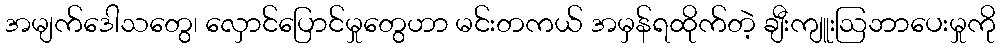
အမျက်ဒေါသတွေ၊ လှောင်ပြောင်မှုတွေဟာ မင်းတကယ် အမှန်ရထိုက်တဲ့ ချီးကျူးဩဘာပေးမှုကို